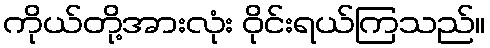
ကိုယ်တို့အားလုံး ဝိုင်းရယ်ကြသည်။